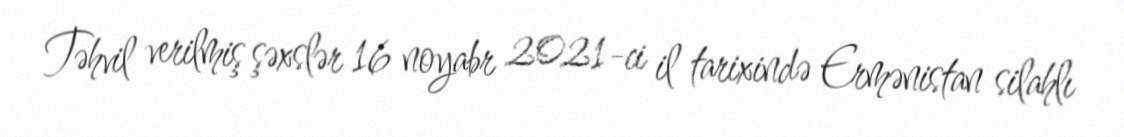
Təhvil verilmiş şəxslər 16 noyabr 2021-ci il tarixində Ermənistan silahlı